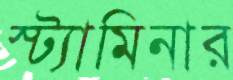
স্ট্যামিনার